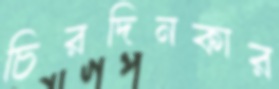
চিরদিনকার